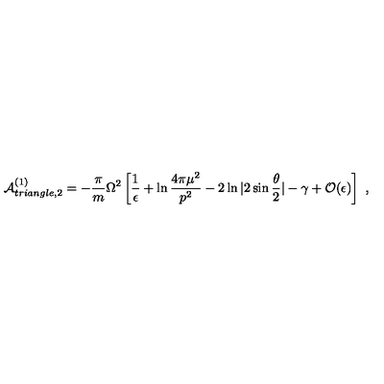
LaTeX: { \cal A } _ { t r i a n g l e , 2 } ^ { ( 1 ) } = - { \frac { \pi } { m } } \Omega ^ { 2 } \left[ { \frac { 1 } { \epsilon } } + \ln { \frac { 4 \pi \mu ^ { 2 } } { p ^ { 2 } } } - 2 \ln | 2 \sin { \frac { \theta } { 2 } } | - \gamma + { \cal O } ( \epsilon ) \right] \ ,